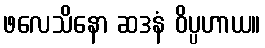
ဖလေသိနော ဆဒနံ ဝိပ္ပဟာယ။